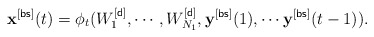
\begin{align*}\mathbf{x}^{[\sf bs]}(t)=\phi_t(W_1^{[{\sf d}]},\cdots,W_{N_1}^{[{\sf d}]},\mathbf{y}^{[{\sf bs}]}(1),\cdots \mathbf{y}^{[{\sf bs}]}(t-1)).\end{align*}